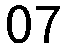
07